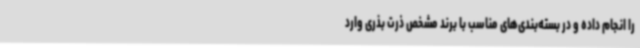
را انجام داده و در بسته‌بندی‌های مناسب با برند مشخص ذرت بذری وارد